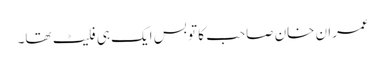
عمران خان صاحب کا تو بس ایک ہی فلیٹ تھا۔